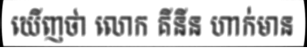
ឃើញថា លោក គីនីន ហាក់មាន